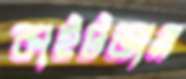
কাইটতাম